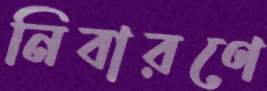
নিবারণে